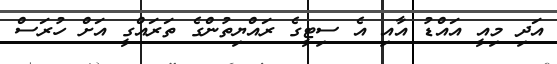
އަދި މިއީ އައްޑު އާއި އެ ސިޓީގެ ރައްޔިތުންގެ ތަރައްގީ އަށް ހުރަސް